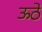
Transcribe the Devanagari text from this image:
ऊठे